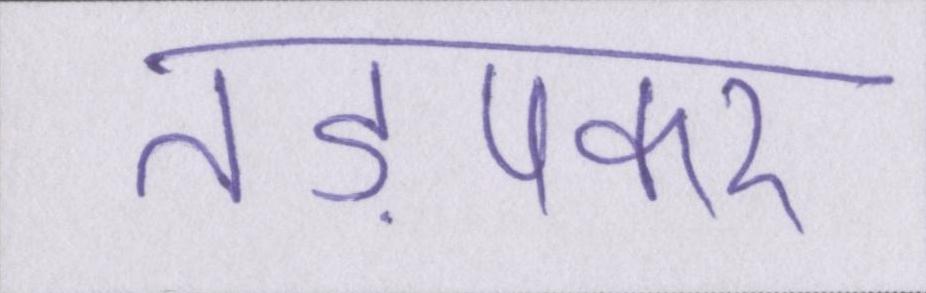
तड़पकर